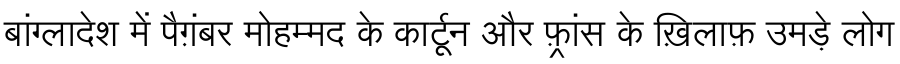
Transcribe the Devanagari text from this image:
बांग्लादेश में पैग़ंबर मोहम्मद के कार्टून और फ़्रांस के ख़िलाफ़ उमड़े लोग